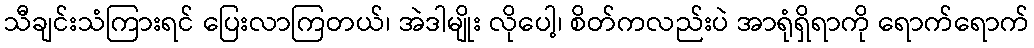
သီချင်းသံကြားရင် ပြေးလာကြတယ်၊ အဲဒါမျိုး လိုပေါ့၊ စိတ်ကလည်းပဲ အာရုံရှိရာကို ရောက်ရောက်